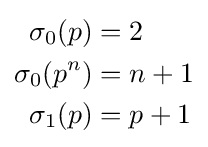
{\begin{aligned}\sigma _{0}(p)&=2\\\sigma _{0}(p^{n})&=n+1\\\sigma _{1}(p)&=p+1\end{aligned}}